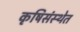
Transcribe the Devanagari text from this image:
कृषिसंस्थेत